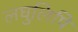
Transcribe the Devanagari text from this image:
लघुलिपि